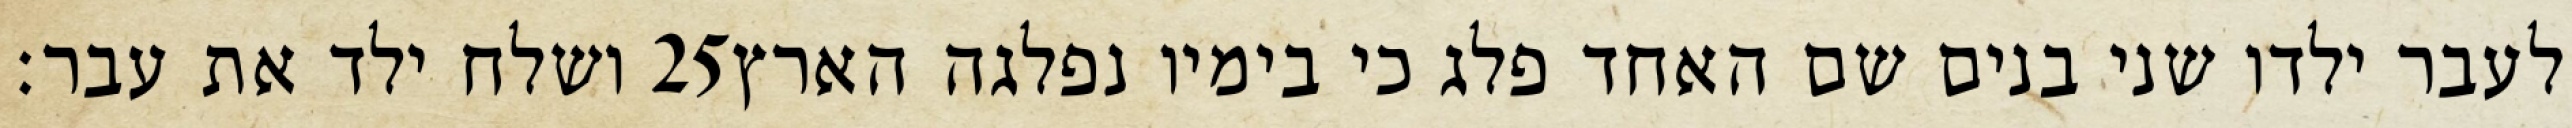
ושלח ילד את עבר׃ ‎25‏ לעבר ילדו שני בנים שם האחד פלג כי בימיו נפלגה הארץ